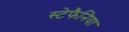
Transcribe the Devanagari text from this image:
स्टेफैनिया